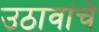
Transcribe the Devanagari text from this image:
उठावांचे